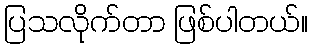
ပြသလိုက်တာ ဖြစ်ပါတယ်။